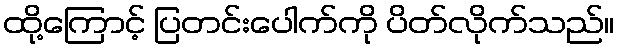
ထို့ကြောင့် ပြတင်းပေါက်ကို ပိတ်လိုက်သည်။